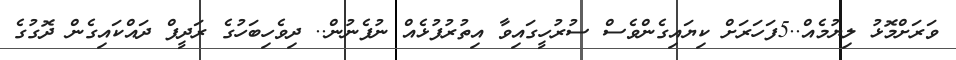
ވަރަށްމޮޅު ލިޔުމެއް..5ފަހަރަށް ކިޔައިގެންވެސް ސުރުހީގައިވާ އިތުރުފުޅެއް ނުފެނުން.. ދިވެހިބަހުގެ ރަދީފް ދައްކައިގެން ދޮގުގެ